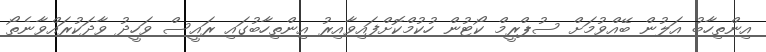
އިންތިހާބު އަލުން ބޭއްވުމަށް ސުޕްރީމް ކޯޓުން ހުކުމްކޮށްފައިވާއިރު އިންތިހާބުގައި ރައީސް ވަހީދު ވާދަކުރައްވާނެތޯ